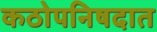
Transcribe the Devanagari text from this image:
कठोपनिषदात